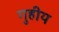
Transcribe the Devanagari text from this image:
गुहीय